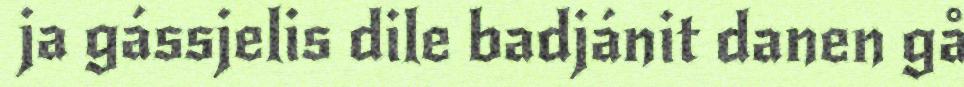
ja gássjelis dile badjánit danen gå